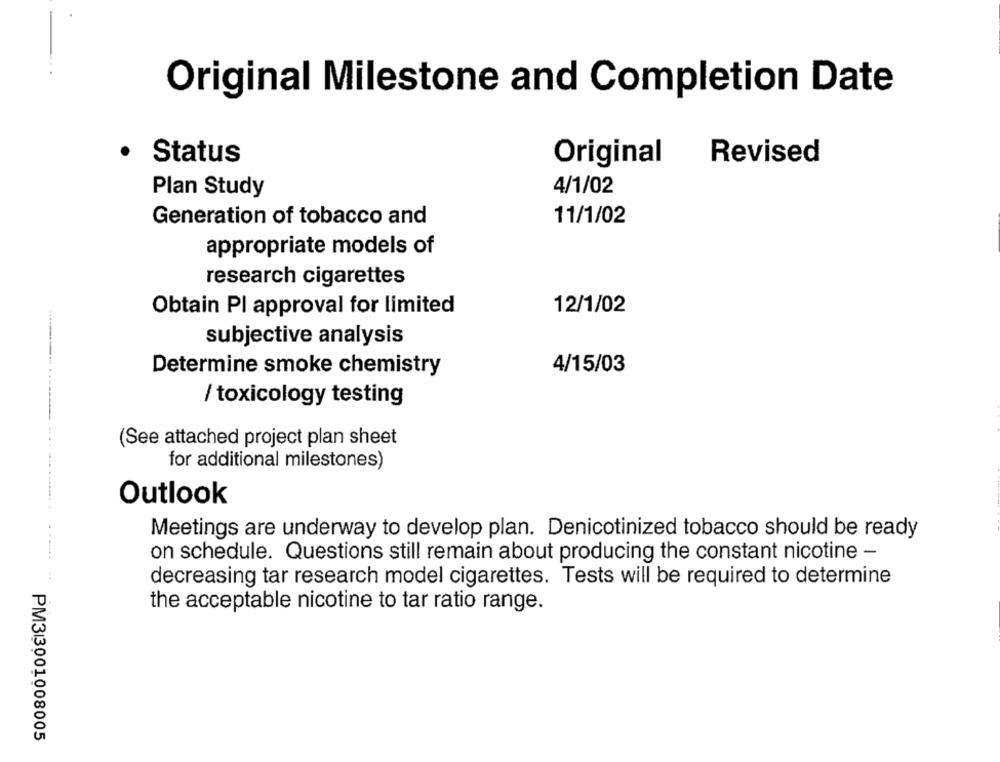
Original Milestone and Completion Date
.
Revised
Status
Original
4/1/02
Plan Study
Generation of tobacco and
11/1/02
appropriate models of
research cigarettes
Obtain PI approval for limited
12/1/02
subjective analysis
Determine smoke chemistry
4/15/03
/ toxicology testing
(See attached project plan sheet
for additional milestones)
Outlook
Meetings are underway to develop plan. Denicotinized tobacco should be ready
on schedule. Questions still remain about producing the constant nicotine -
decreasing tar research model cigarettes. Tests will be required to determine
the acceptable nicotine to tar ratio range.
PM33001008005